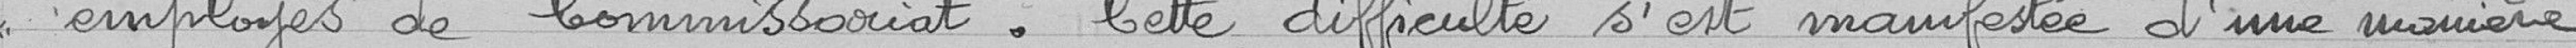
<< employés de Commissariat. Cette difficulté s'est manifestée d'une manière